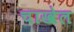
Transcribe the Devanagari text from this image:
चाखेल